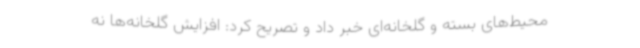
محیط‌های بسته و گلخانه‌ای خبر داد و تصریح کرد: افزایش گلخانه‌ها نه